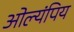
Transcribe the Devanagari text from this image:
ओल्यंपिय